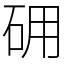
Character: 砽